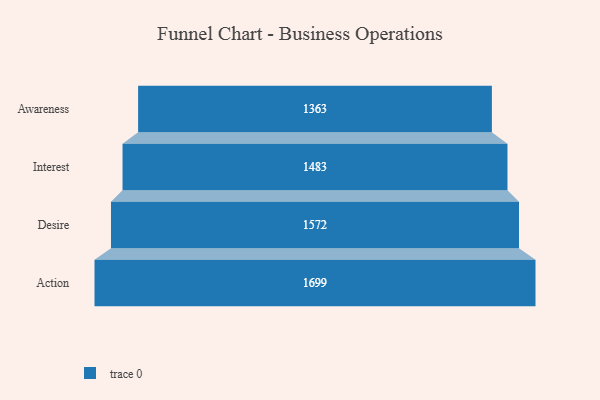
{"axis": {"x": "Stage", "y": "Value"}, "legend": [""], "data": [{"x": "Awareness", "y": 1363.0, "type": ""}, {"x": "Interest", "y": 1483.0, "type": ""}, {"x": "Desire", "y": 1572.0, "type": ""}, {"x": "Action", "y": 1699.0, "type": ""}]}